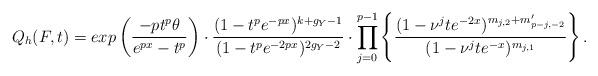
LaTeX: \begin{align*}Q_{h}( F,t)=exp\left(\frac{-pt^{p}\theta}{e^{px}-t^{p}} \right)\cdot\frac{(1-t^{p}e^{-px})^{k+g_{Y}-1}}{(1-t^{p}e^{-2px})^{2g_{Y}-2}}\cdot \prod_{j=0}^{p-1}\left\{\frac{(1-\nu^{j}te^{-2x})^{m_{j,2}+m'_{p-j,-2}}}{(1-\nu^{j}te^{-x})^{m_{j,1}}} \right\}.\end{align*}